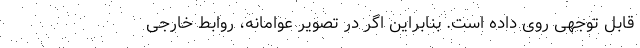
قابل توجهی روی داده است. بنابراین اگر در تصویر عوامانه، روابط خارجی